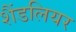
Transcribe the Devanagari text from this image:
शैंडलियर